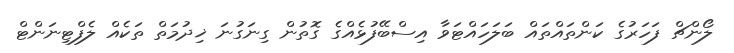
ލޯންޗް ފަހަރުގެ ކަންތައްތައް ބަލަހައްޓަވާ އިސްބޭފުޅެއްގެ ގޮތުން ގިނަގުނަ ޚިދުމަތް ތަކެއް ލެފްޓިނަންޓް